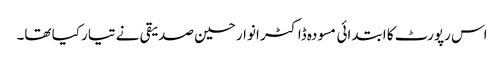
اس رپورٹ کا ابتدائی مسودہ ڈاکٹر انوار حسین صدیقی نے تیار کیا تھا۔